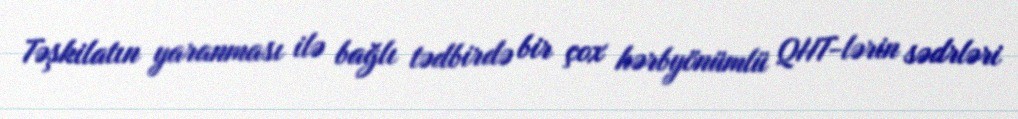
Təşkilatın yaranması ilə bağlı tədbirdə bir çox hərbyönümlü QHT-lərin sədrləri